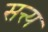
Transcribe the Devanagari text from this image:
सत्त्य